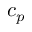
c _ { p }